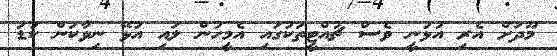
މޫދަށް އެރި އުޅުނީ ވެސް ޗުއްޓީތަކުގައި އެމީހުން ލައި އުޅޭ ނިވާކަން ކުޑަ